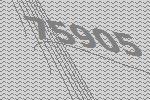
75905